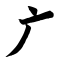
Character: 广